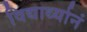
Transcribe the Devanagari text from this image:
विद्यार्थ्यानं